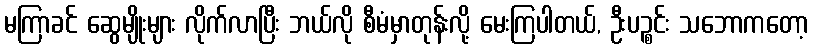
မကြာခင် ဆွေမျိုးများ လိုက်လာပြီး ဘယ်လို စီမံမှာတုန်းလို့ မေးကြပါတယ်, ဦးပဉ္စင်း သဘောကတော့